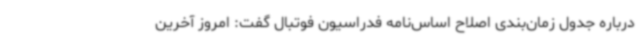
درباره جدول زمان‌بندی اصلاح اساس‌نامه فدراسیون فوتبال گفت: امروز آخرین